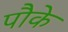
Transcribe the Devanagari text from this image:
पौके